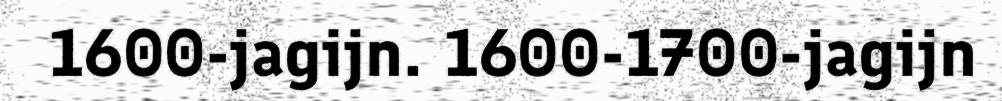
1600-jagijn. 1600-1700-jagijn